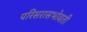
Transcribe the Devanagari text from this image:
परिसरासभोवती